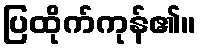
ပြထိုက်ကုန်၏။